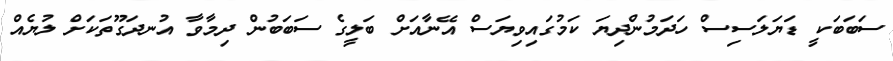
ސަބަބަކީ ޑަޔަލަސިސް ހަދަމުންދިޔަ ކަމުގައިވިޔަސް އޭނާއަށް ބަލީގެ ސަބަބުން ދިމާވާ އުނދަގޫތަކަށް ލުޔެއް